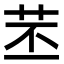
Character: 苤